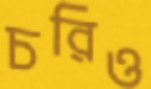
চরিও